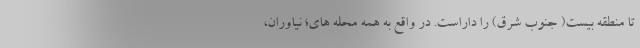
تا منطقه بیست( جنوب شرق) را داراست. در واقع به همه محله های؛ نیاوران،